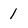
Character: 1